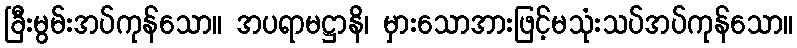
ခြီးမွမ်းအပ်ကုန်သော။ အပရာမဋ္ဌာနိ၊ မှားသောအားဖြင့်မသုံးသပ်အပ်ကုန်သော။